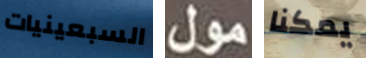
السبعينيات مول يمكنا